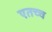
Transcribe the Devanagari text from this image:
एतच्च